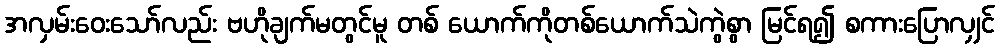
အလှမ်းဝေးသော်လည်း ဗဟိုချက်မတွင်မူ တစ် ယောက်ကိုတစ်ယောက်သဲကွဲစွာ မြင်ရ၍ စကားပြောလျှင်